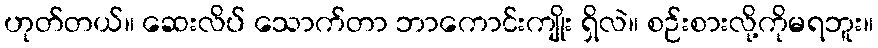
ဟုတ်တယ်။ ဆေးလိပ် သောက်တာ ဘာကောင်းကျိုး ရှိလဲ။ စဉ်းစားလို့ကိုမရဘူး။